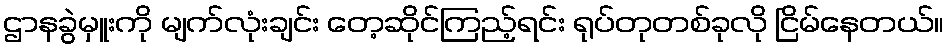
ဌာနခွဲမှူးကို မျက်လုံးချင်း တေ့ဆိုင်ကြည့်ရင်း ရုပ်တုတစ်ခုလို ငြိမ်နေတယ်။